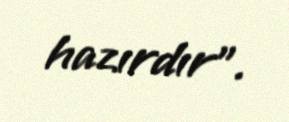
hazırdır”.